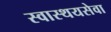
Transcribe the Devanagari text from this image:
स्वास्थयसेवा